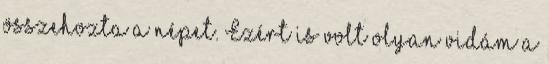
összehozta a népet. Ezért is volt olyan vidám a